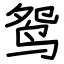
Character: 鸳